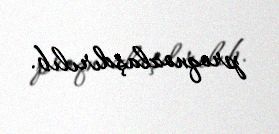
proqnozlaşdırılıb.